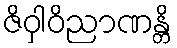
ဇိဝှါဝိညာဏန္တိ